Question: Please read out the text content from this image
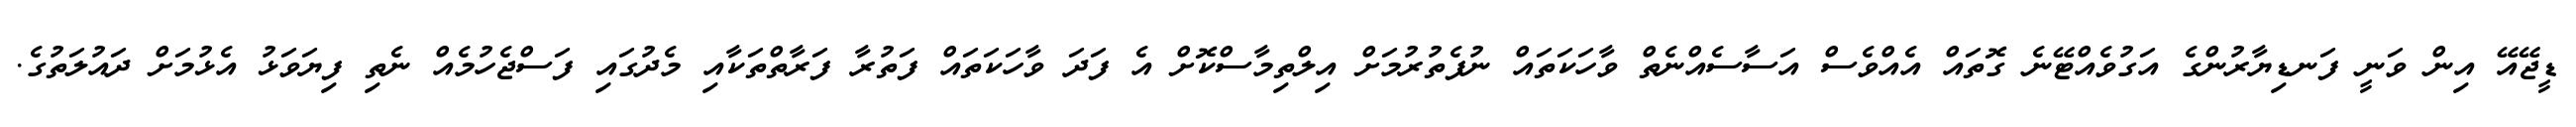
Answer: ޑީޖޭއޭ އިން ވަނީ ފަނޑިޔާރުންގެ އަގުވެއްޓޭނެ ގޮތައް އެއްވެސް އަސާސެއްނެތް ވާހަކަތައް ނުފެތުރުމަށް އިލްތިމާސްކޮށް އެ ފަދަ ވާހަކަތައް ފަތުރާ ފަރާތްތަކާއި މެދުގައި ފަސްޖެހުމެއް ނެތި ފިޔަވަޅު އެޅުމަށް ދައުލަތުގެ.